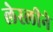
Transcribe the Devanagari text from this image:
लेस्‍लीने